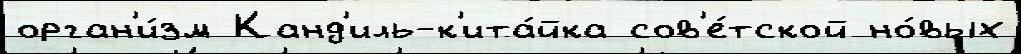
орган'и́зм Канд'иль-к'ита́йка сов'е́тской но́вых